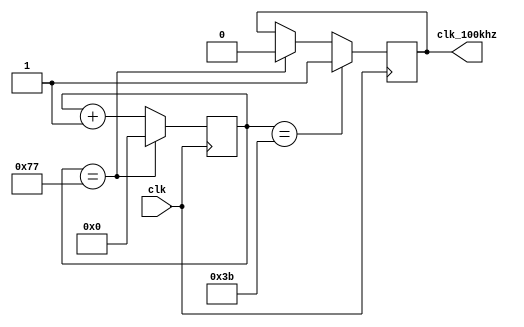
`timescale 1ns / 1ps
//////////////////////////////////////////////////////////////////////////////////
// Company: Myminieye
// 
// Design Name: 
// Module Name: div_clk
// Project Name: 
// Target Devices: 
// Tool Versions: 
// Description: 100khz10ms
// 
// Dependencies: 
// Revision: v1.0
// Revision 0.01 - File Created
// Additional Comments:
// 
//////////////////////////////////////////////////////////////////////////////////
`define UD #1
module div_clk
(
	input clk,
	output  clk_100khz
);
//times =500 :20ns*500=10ms=100khz;
reg [6:0]cnt;
always @(posedge clk)
begin
	if(cnt == 7'd119)
		cnt<= `UD 7'd0;
	else 
		cnt <= `UD cnt + 1'b1;
end  

reg flag=1'b0;
always @(posedge clk)
begin
	if(cnt == 7'd59)
		flag <= `UD 1'b1;
	else if(cnt == 7'd119)
		flag <= `UD 1'b0;
end 
assign clk_100khz = flag;

endmodule